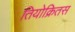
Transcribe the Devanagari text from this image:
तियोक्रितस